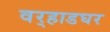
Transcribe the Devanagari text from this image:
वर्‍हाडघर